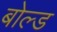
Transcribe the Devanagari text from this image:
बोल्‍ड